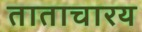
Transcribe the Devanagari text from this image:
ताताचारय